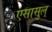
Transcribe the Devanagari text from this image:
एसासुल्